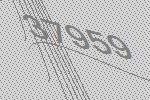
37959